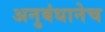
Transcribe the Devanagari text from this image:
अनुबंधानेच